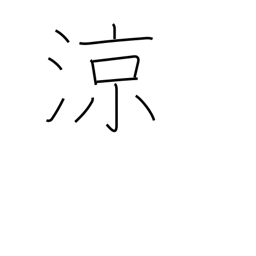
Meaning: refreshing